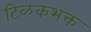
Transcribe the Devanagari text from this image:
टिळकभक्त